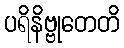
ပရိနိဗ္ဗုတေတိ